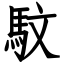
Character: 馼